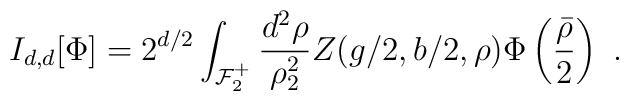
I_{d,d}[\Phi]= 2^{d/2} \int_{{\cal F}_2^+}\frac{d^2\rho}{\rho_2^2} Z(g/2,b/2,\rho)\Phi\left(\frac{\bar\rho}{2}\right) \ .